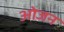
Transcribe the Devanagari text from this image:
ओजन